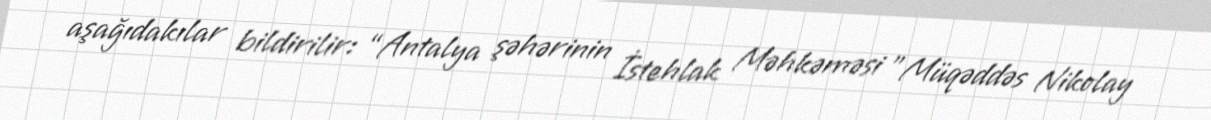
aşağıdakılar bildirilir: “Antalya şəhərinin İstehlak Məhkəməsi ”Müqəddəs Nikolay